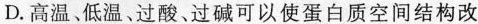
D.高温、低温、过酸、过碱可以使蛋白质空间结构改